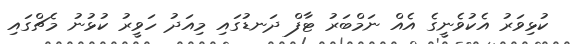
ކުޅިވަރު އެކުވެނީގެ އެއް ނަމްބަރު ޓާފް ދަނޑުގައި މިއަދު ހަވީރު ކުޅުނު މެޗްގައި